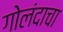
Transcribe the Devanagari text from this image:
गोलंदाचा